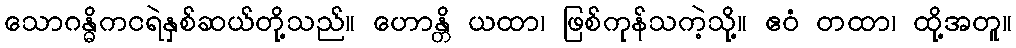
သောဂန္ဓိကငရဲနှစ်ဆယ်တို့သည်။ ဟောန္တိ ယထာ၊ ဖြစ်ကုန်သကဲ့သို့။ ဧဝံ တထာ၊ ထို့အတူ။